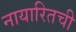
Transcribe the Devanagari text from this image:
नायारितची